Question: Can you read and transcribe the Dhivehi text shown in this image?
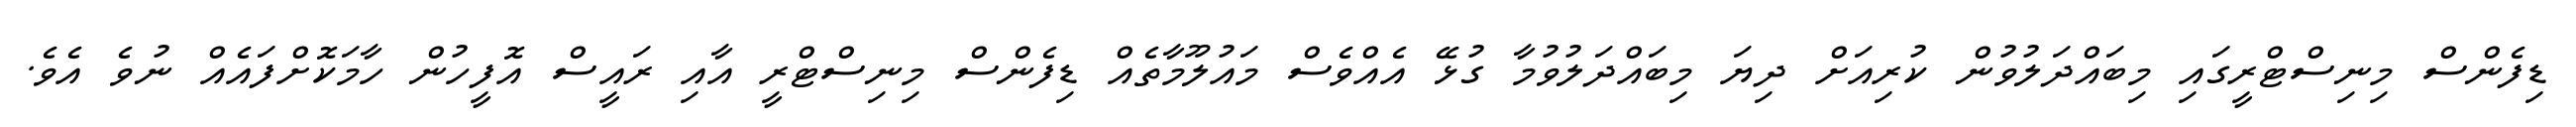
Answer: ޑިފެންސް މިނިސްޓްރީގައި މިބައްދަލުވުން ކުރިއަށް ދިޔަ މިބައްދަލުވުމާ ގުޅޭ އެއްވެސް މައުލޫމާތެއް ޑިފެންސް މިނިސްޓްރީ އާއި ރައީސް އޮފީހުން ހާމަކޮށްފައެއް ނުވެ އެވެ.